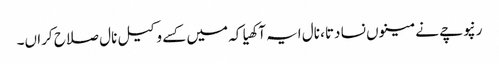
رنپوچے نے مینوں نسا دتا، نال ایہ آکھیا کہ میں کسے وکیل نال صلاح کراں۔